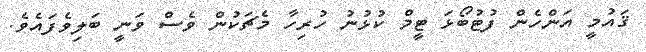
ޤައުމީ އަންހެން ފުޓުބޯޅަ ޓީމް ކުޅުނު ހުރިހާ މެޗަކުން ވެސް ވަނީ ބަލިވެފައެވެ.